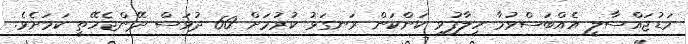
މަޑުޖައްސާލީ އެއްބަސްވުމާ ހިލާފުވި ކަންކަން ރަނގަޅު ކުރުމަށް 60 ދުވަސް ދޭންޖެހޭތީ ކަމަށެވެ.